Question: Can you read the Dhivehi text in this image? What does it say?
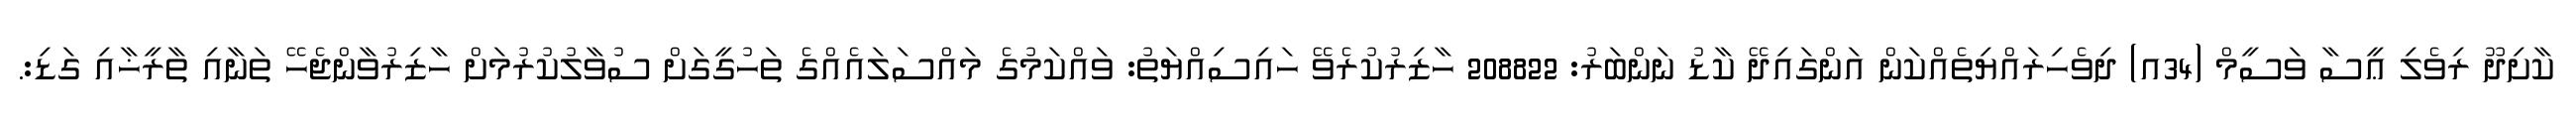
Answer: ކާށިދޫ ރިވެލި ޢީސާ ވަސީމް (34އ) ދިވެހިރައްޔިތެއްކަން އަންގައިދޭ ކާޑު ނަންބަރު: 208822 ހާޒިރުކުރެވޭ ހައިސިއްޔަތު: ވައްކަމުގެ މައްސަލައެއްގެ ތަހުގީގަށް ސުވާލުކުރުމަށް ހާޒިރުވާންޖެހޭ ތަނާއި ތާރީޚާއި ގަޑި:.